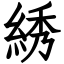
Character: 綉